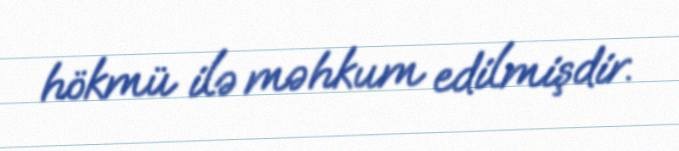
hökmü ilə məhkum edilmişdir.